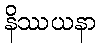
နိဿယနာ